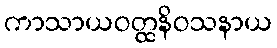
ကာသာယဝတ္ထနိဝသနာယ